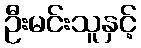
ဦးမင်းသူနှင့်